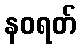
နဝရတ်